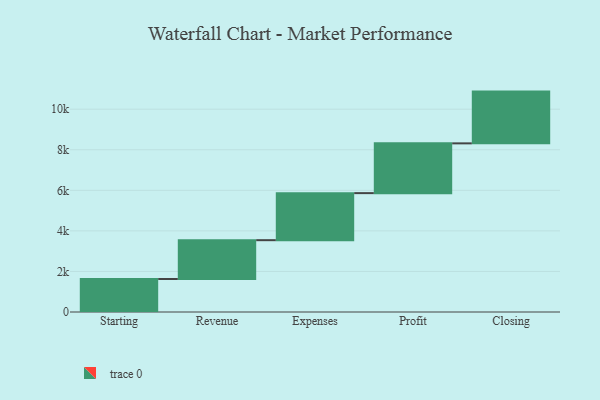
{"axis": {"x": "Step", "y": "Value"}, "legend": [""], "data": [{"x": "Starting", "y": 1628.0, "type": ""}, {"x": "Revenue", "y": 1913.0, "type": ""}, {"x": "Expenses", "y": 2320.0, "type": ""}, {"x": "Profit", "y": 2454.0, "type": ""}, {"x": "Closing", "y": 2552.0, "type": ""}]}